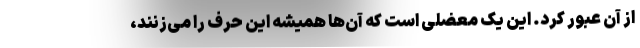
از آن عبور کرد. این یک معضلی است که آن‌ها همیشه این حرف را می‌زنند،‌